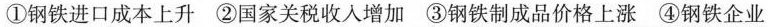
①钢铁进口成本上升 ②国家关税收入增加 ③钢铁制成品价格上涨 ④钢铁企业